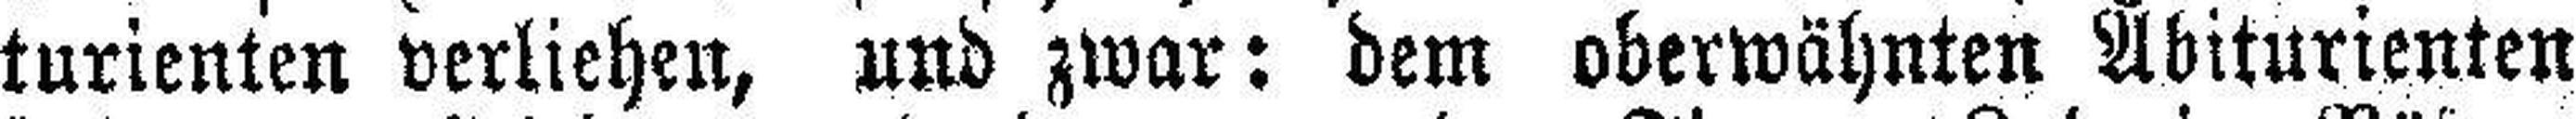
turienten verliehen, und zwar: dem oberwähnten Abiturienten